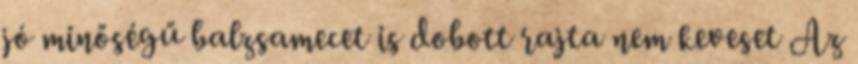
jó minőségű balzsamecet is dobott rajta nem keveset Az